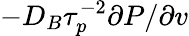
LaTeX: -D_{B}\tau_{p}^{-2}\partial P/\partial v